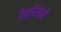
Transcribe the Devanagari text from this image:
वेक्सिनों